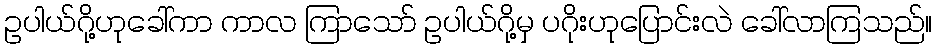
ဥပါယ်ဂို့ဟုခေါ်ကာ ကာလ ကြာသော် ဥပါယ်ဂို့မှ ပဂိုးဟုပြောင်းလဲ ခေါ်လာကြသည်။